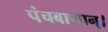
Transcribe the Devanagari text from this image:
पंचबाणान्‌।